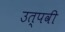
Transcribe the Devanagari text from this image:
उत्पवी